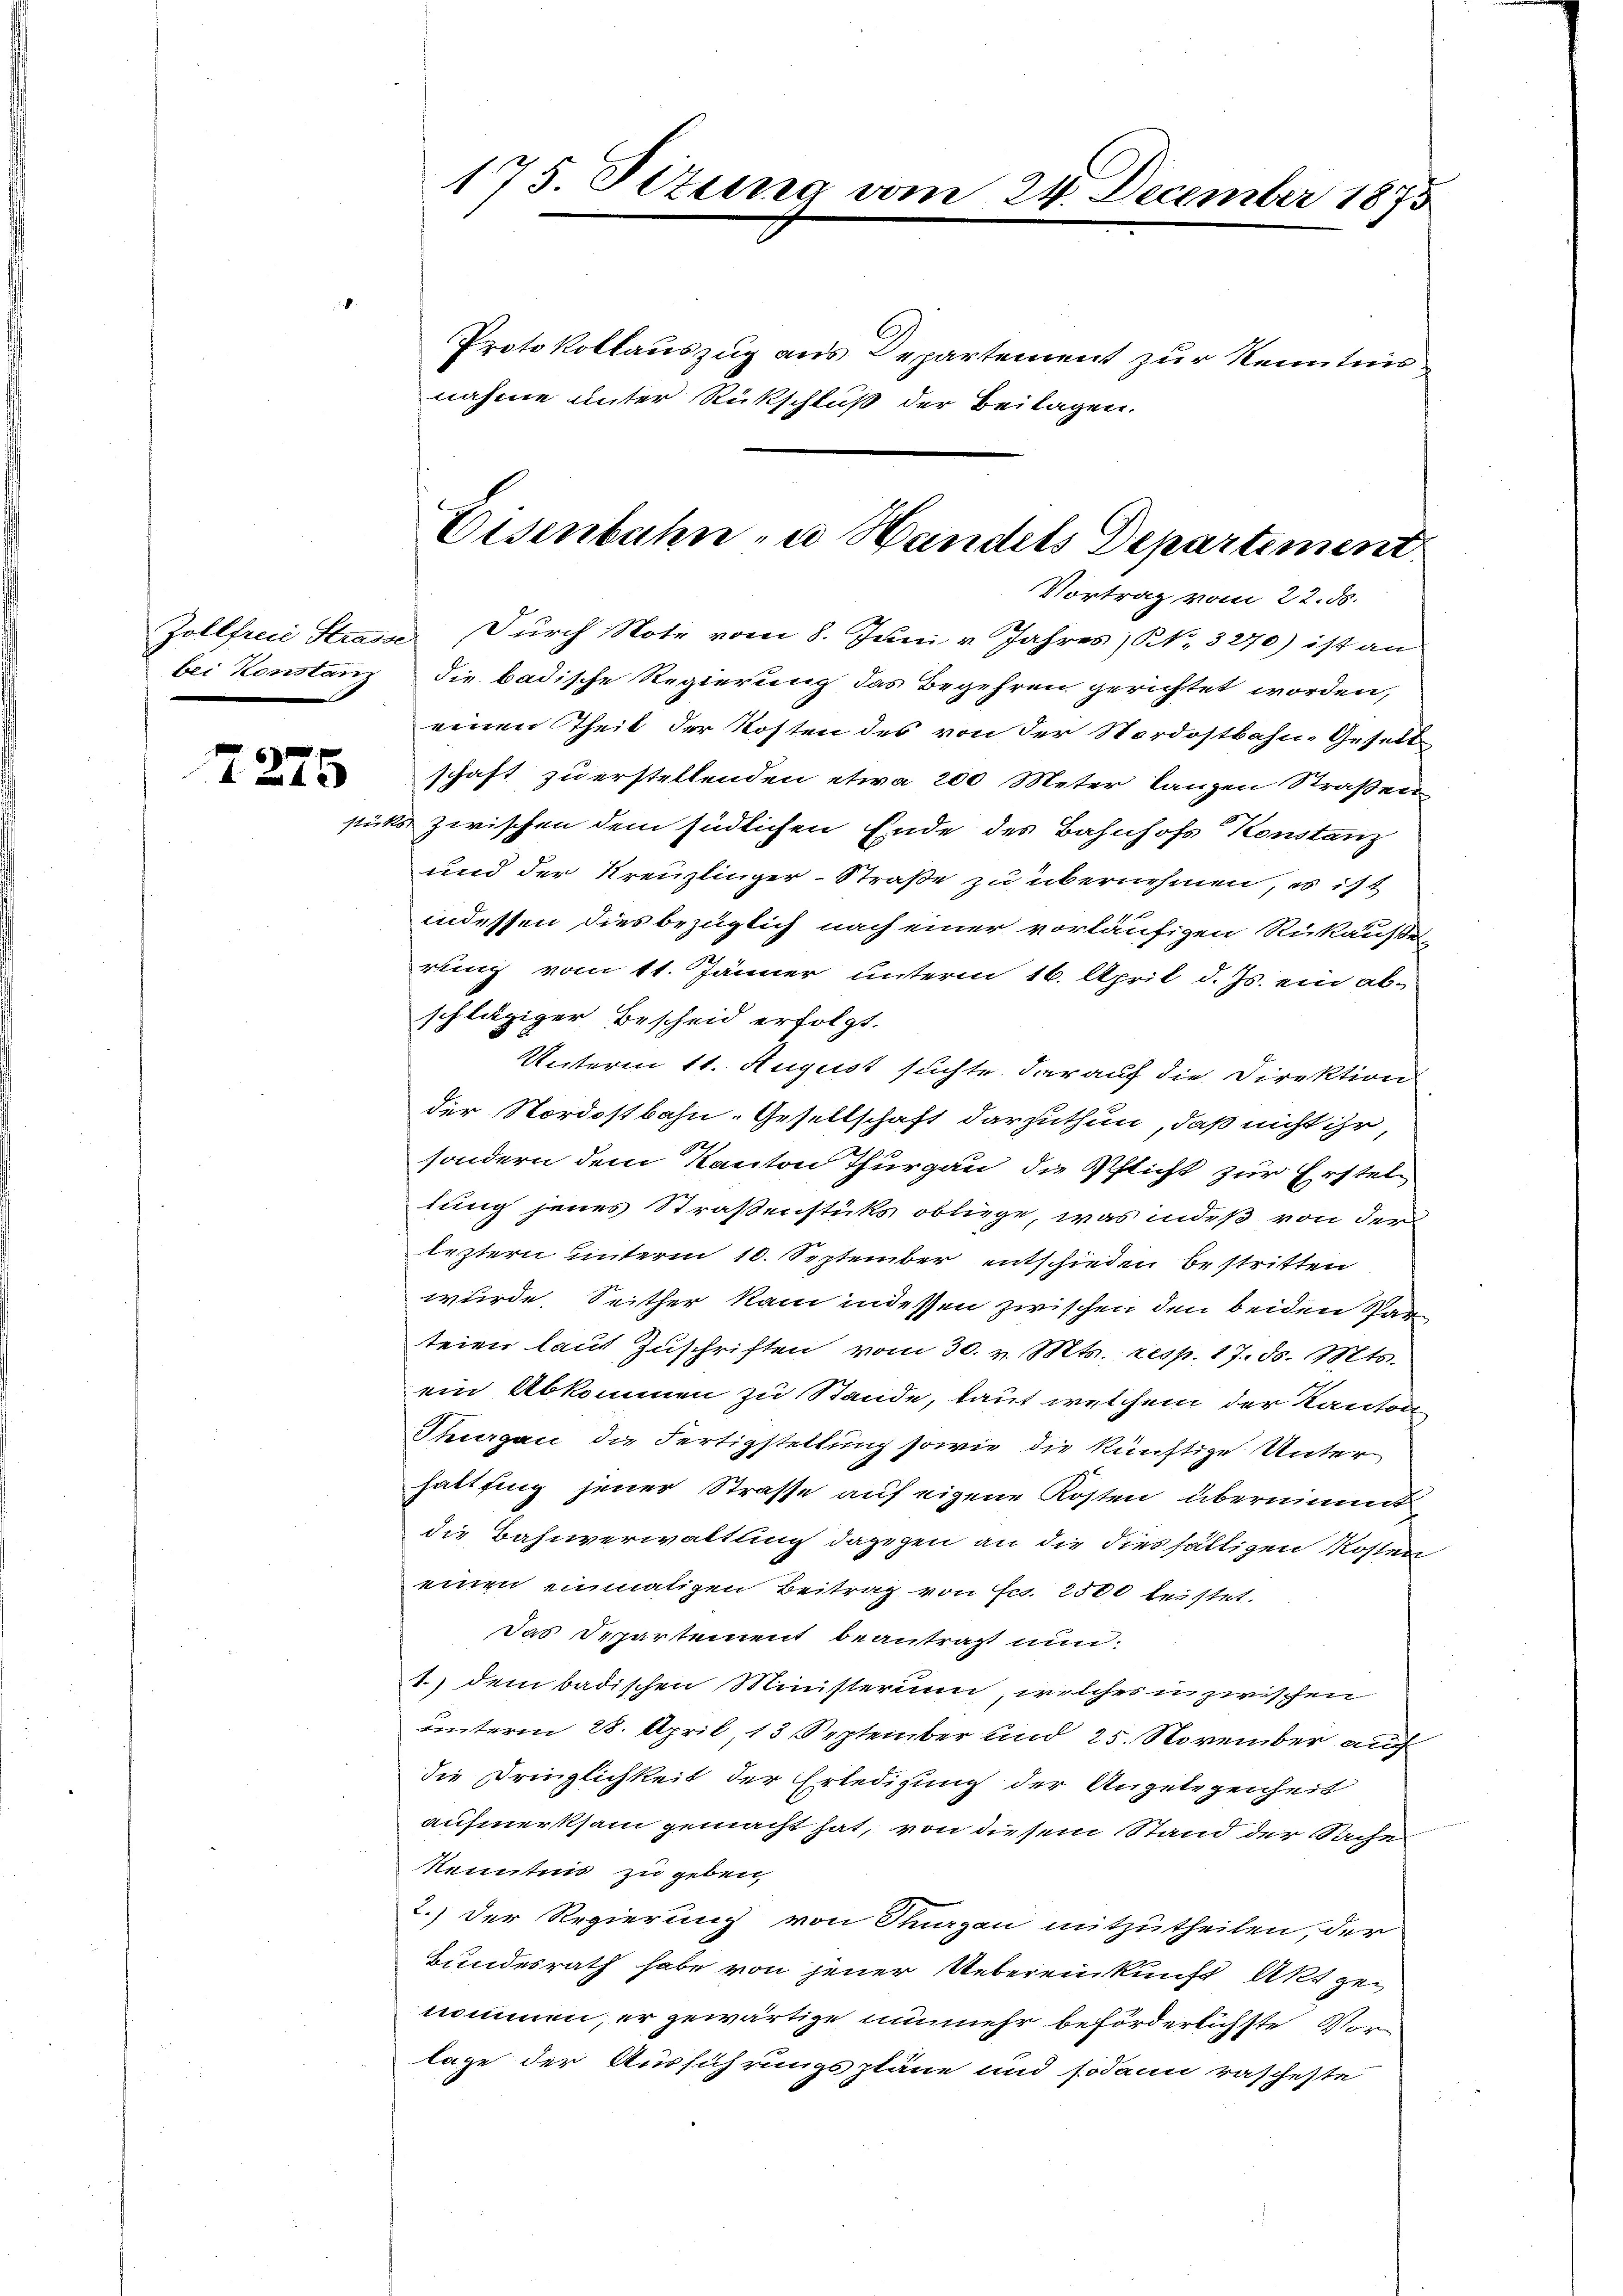
7275

175. Seitung vom 24. December 1873

Protokollauszug aus Departement zur Kenntnis.
nahme unter Rückschluß der Beilagen.

Eisenbahn zu Handels Departiment
Vortrag vom 22. ds.

Zollfrei Strasse Durch Note vom 8. Juni v. Jahres; N. 3270) ist an
bei Konstanz die badische Regierung das Begehren gerichtet worden,
einen Theil der Kosten des von der Nordostbahn-Gesell
schaft zu erstellenden etwa 200 Meter langen Straßen
sticks zwischen dem südlichen Ende des Bahnhofs Konstanz
und der Kreuzlinger-Straße zu übernehmen, es ist
indessen dies bezüglich nach einer vorläufigen Rükausse-
rung vom 11. Jänner unterm 16. April d. Js. ein abschlägiger Bescheid erfolgt.
Unterm 11. August suchte. Darauf die Direktion
der Nordostbahn-Gesellschaft darzuthun, daß nicht ihr,
sondern dem Kanton Thurgau die Pflicht zur Erstellung jenes Straßenstüks obliege, was indeß von der
leztern unterm 10. September entschieden bestritten
wurde. Seither kam indessen zwischen den beiden Gar
teien laut Zuschriften vom 30. v. Mts. resp. 17. d. Mts.
ein Abkommen zu Stande, laut welchem der Kanton
Thurgau die Fertigstellung sowie die künftige Unterhatt fing jener Strasse auf eigene Kosten übernimmt
die Bahnverwaltling dagegen an die diesfälligen Kosten
einen einmaligen Beitrag von Fr. 2500 leistet.
Das Departement beantragt nun.
1.) dem badischen Ministerium, welches in zwischen
unterm 28. April, 13 September und 25. November auf
die Dringlichkeit der Erledigung der Angelegenheit
aufmerksam gemacht hat, von diesem Stand der Sache
Kenntnis zu geben,
2.) Der Regierung von Thurgau mitzutheilen, der
Bundesrath habe von jener Uebereinkunft Akt genommen, er gewärtige nunmehr beförderlichste Vorn
lage der Ausführungspläne und sodann rascheste